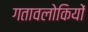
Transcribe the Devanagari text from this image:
गतावलोकियों